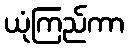
ယုံကြည်ကာ